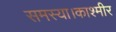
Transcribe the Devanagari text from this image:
समस्या।काश्मीर